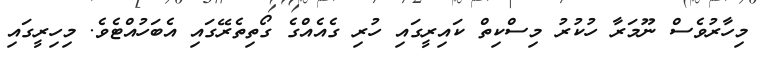
މިހާރުވެސް ނޫމަރާ ހުކުރު މިސްކިތް ކައިރީގައި ހުރި ގެއެއްގެ ގޯތިތެރޭގައި އެބަހުއްޓެވެ. މިހިރީގައި